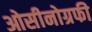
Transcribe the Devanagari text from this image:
ओसीनोग्रफी